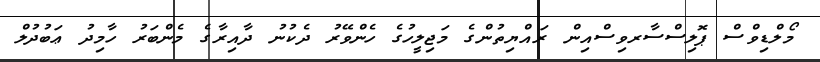
މޯލްޑިވްސް ޕޮލިސްސާރވިސްއިން ރައްޔިތުންގެ މަޖިލީހުގެ ހެންވޭރު ދެކުނު ދާއިރާގެ މެންބަރު ހާމިދު ޢަބުދުލް